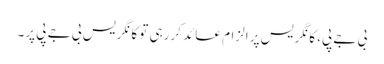
بی جے پی، کانگریس پر الزام عائد کررہی تو کانگریس بی جے پی پر۔